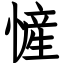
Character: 㦃